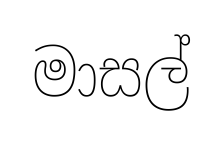
මාසල්